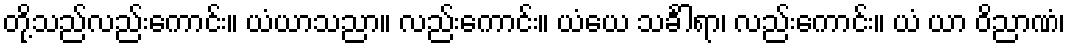
တို့သည်လည်းကောင်း။ ယံယာသညာ။ လည်းကောင်း။ ယံယေ သင်္ခါရာ၊ လည်းကောင်း။ ယံ ယာ ဝိညာဏံ၊